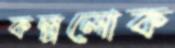
কল্পলোক